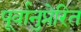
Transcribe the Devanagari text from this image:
पूर्वानुप्रेरित